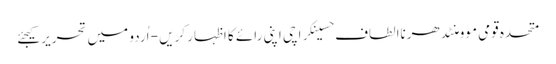
متحدہ قومی موومنٹدھرناالطاف حسینکراچی اپنی رائے کا اظہار کریں - اُردو میں تحریر کیجئے